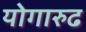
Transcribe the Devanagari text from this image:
योगारुढ